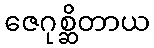
ဇေဂုစ္ဆိတာယ